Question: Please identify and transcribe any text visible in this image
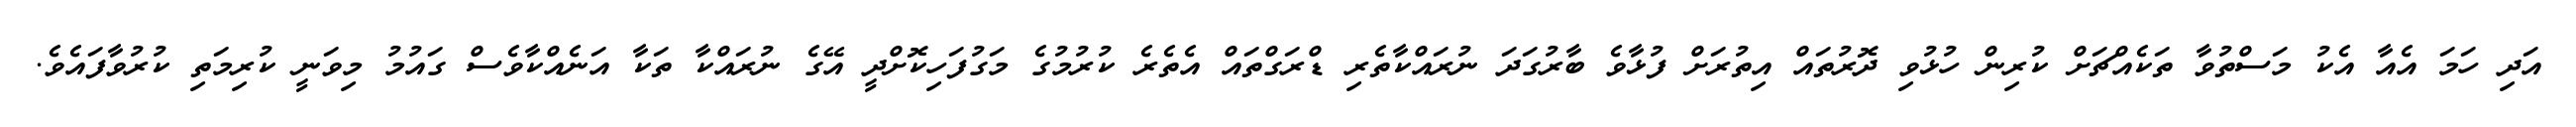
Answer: އަދި ހަމަ އެއާ އެކު މަސްތުވާ ތަކެއްޗަށް ކުރިން ހުޅުވި ދޮރުތައް އިތުރަށް ފުޅާވެ ބާރުގަދަ ނުރައްކާތެރި ޑްރަގްތައް އެތެރެ ކުރުމުގެ މަގުފަހިކޮށްދީ އޭގެ ނުރައްކާ ތަކާ އަނެއްކާވެސް ގައުމު މިވަނީ ކުރިމަތި ކުރުވާފައެވެ.